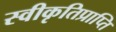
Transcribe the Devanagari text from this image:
स्वीकृतिप्राप्ति